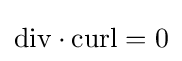
{\text{div}}\cdot {\text{curl}}=0